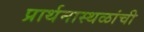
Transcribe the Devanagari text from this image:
प्रार्थनास्थळांची